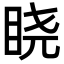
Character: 𬑒